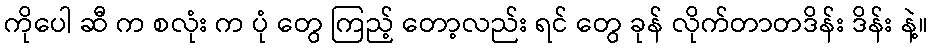
ကိုပေါ ဆီ က စလုံး က ပုံ တွေ ကြည့် တော့လည်း ရင် တွေ ခုန် လိုက်တာတဒိန်း ဒိန်း နဲ့။